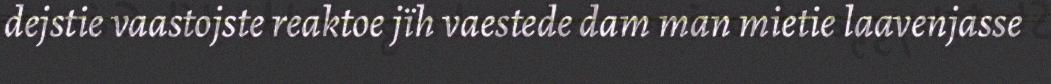
dejstie vaastojste reaktoe jïh vaestede dam man mietie laavenjasse